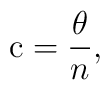
\hbox {c} = \frac {\theta}{n},